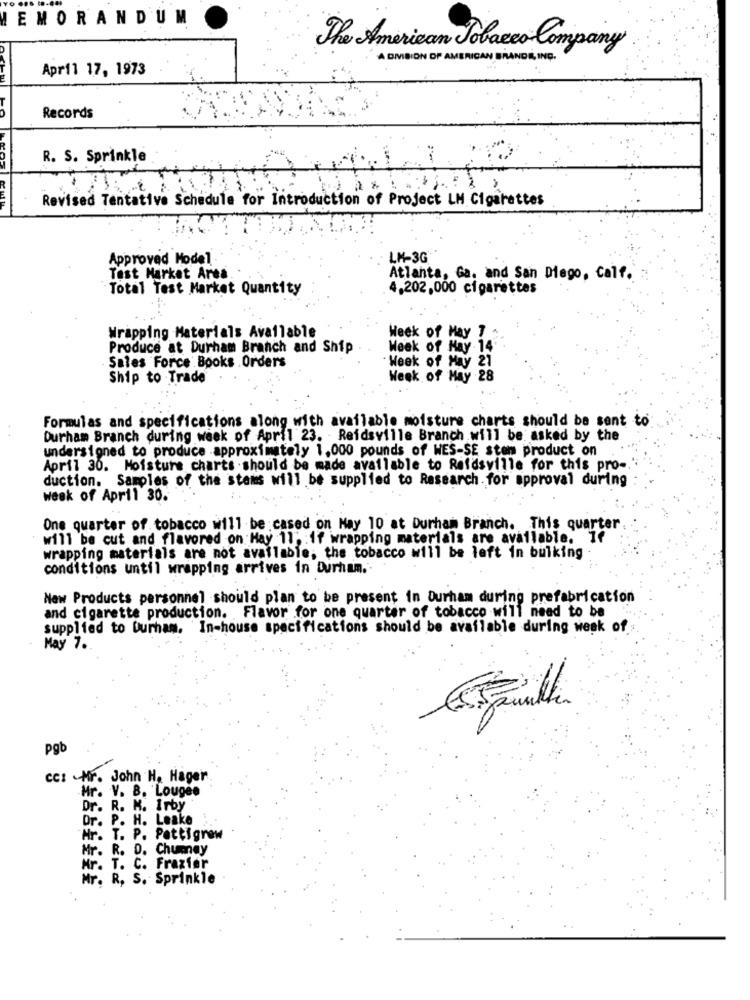
EMORANDUM
The American Tobacco Company
A DIVISION OF AMERICAN BRANDE,ING.
April 17, 1973
Records
R. S. Sprinkle
Revised Tentative Schedule for Introduction of Project LM Cigarettes
Approved Model
LM-3G
Test Market Area
Atlanta, Ga, and San Diego, Calf.
Total Test Market Quantity
4,202,000 cigarettes
Week of May ?
Wrapping Materials Available
Produce at Durham Branch and Ship
Week of May 14
Sales Force Books , Orders
· Week of May 21
Ship to Trade
Week of May 28
Formulas and specifications along with available moisture charts should be sent to
Durham Branch during week of April 23. - Reidsville Branch will be asked by the
undersigned to produce approximately 1,000 pounds of WES-SE sten product on
April 30. Moisture charts . should be made available to Reidsville for this pro-
duction. Samples of the stems will be supplied to Research for approval during
Week of April 30.
One quarter of tobacco will be cased on May 10 at Durham Branch. This quarter
will be cut and flavored on Hay 11; : if wrapping materials are available. If
wrapping materials are not available, the tobacco will be left in bulking
conditions until wrapping arrives in Durham ..
New Products personnel should plan to be present in Durham during prefabrication
and cigarette production. Flavor for one quarter of tobacco will need to be
supplied to Durham. In-house specifications should be available during week of
May 7.
pgb
cc: Mr. John H, Hager
Hr. V. B. Lougee
Dr. R. M. Irby
Dr. P. H. Leake
Mr. T. P. Pettigrew
Mr. R. D. Chumay
Mr. T.
Frazier
Mr. R, S. Sprinkle